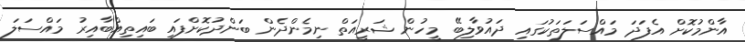
އާންމުކޮށް އެފަދަ މައްސަލަތަކުގައި ދައުވާލިބޭ މީހުން ޝަރީއަތް ނިމެންދެން ބަންދުކޮށްފައި ބައިތިއްބާއިރު މައްސަލަ